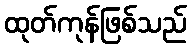
ထုတ်ကုန်ဖြစ်သည်